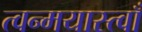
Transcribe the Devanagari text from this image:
त्वन्मयास्त्वाँ